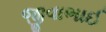
જીવાભાઈ